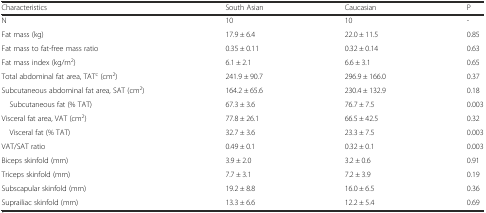
<table><thead><tr><td><b>Characteristics</b></td><td><b>South Asian</b></td><td><b>Caucasian</b></td><td><b>P</b></td></tr></thead><tbody><tr><td>N</td><td>10</td><td>10</td><td>-</td></tr><tr><td>Fat mass (kg)</td><td>17.9 ± 6.4</td><td>22.0 ± 11.5</td><td>0.85</td></tr><tr><td>Fat mass to fat-free mass ratio</td><td>0.35 ± 0.11</td><td>0.32 ± 0.14</td><td>0.63</td></tr><tr><td>Fat mass index (kg/m<sup>2</sup>)</td><td>6.1 ± 2.1</td><td>6.6 ± 3.1</td><td>0.65</td></tr><tr><td>Total abdominal fat area, TAT<sup>c</sup> (cm<sup>2</sup>)</td><td>241.9 ± 90.7</td><td>296.9 ± 166.0</td><td>0.37</td></tr><tr><td>Subcutaneous abdominal fat area, SAT (cm<sup>2</sup>)</td><td>164.2 ± 65.6</td><td>230.4 ± 132.9</td><td>0.18</td></tr><tr><td> Subcutaneous fat (% TAT)</td><td>67.3 ± 3.6</td><td>76.7 ± 7.5</td><td>0.003</td></tr><tr><td>Visceral fat area, VAT (cm<sup>2</sup>)</td><td>77.8 ± 26.1</td><td>66.5 ± 42.5</td><td>0.32</td></tr><tr><td> Visceral fat (% TAT)</td><td>32.7 ± 3.6</td><td>23.3 ± 7.5</td><td>0.003</td></tr><tr><td>VAT/SAT ratio</td><td>0.49 ± 0.1</td><td>0.32 ± 0.1</td><td>0.003</td></tr><tr><td>Biceps skinfold (mm)</td><td>3.9 ± 2.0</td><td>3.2 ± 0.6</td><td>0.91</td></tr><tr><td>Triceps skinfold (mm)</td><td>7.7 ± 3.1</td><td>7.2 ± 3.9</td><td>0.19</td></tr><tr><td>Subscapular skinfold (mm)</td><td>19.2 ± 8.8</td><td>16.0 ± 6.5</td><td>0.36</td></tr><tr><td>Suprailiac skinfold (mm)</td><td>13.3 ± 6.6</td><td>12.2 ± 5.4</td><td>0.69</td></tr></tbody></table>